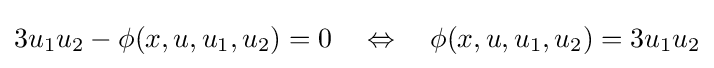
3u_{1}u_{2}-\phi (x,u,u_{1},u_{2})=0\quad \Leftrightarrow \quad \phi (x,u,u_{1},u_{2})=3u_{1}u_{2}